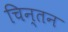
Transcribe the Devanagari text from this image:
चिन्‍तन